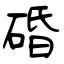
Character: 碈